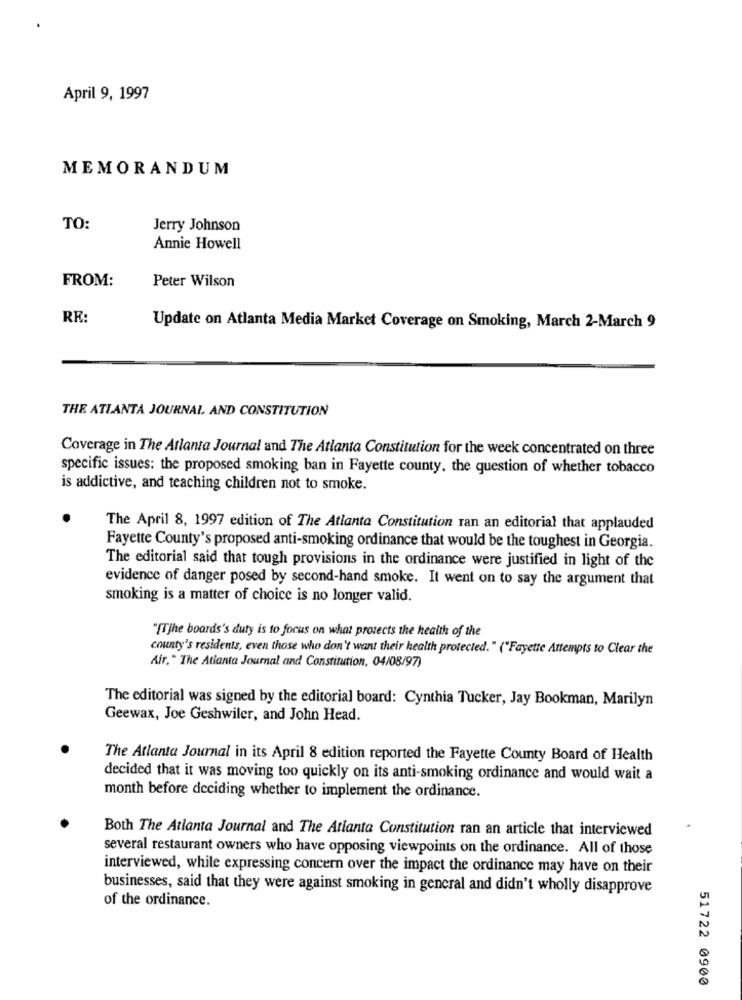
April 9, 1997
MEMORANDUM
TO:
Jerry Johnson
Annie Howell
FROM:
Peter Wilson
RE:
Update on Atlanta Media Market Coverage on Smoking, March 2-March 9
THE ATLANTA JOURNAL, AND CONSTITUTION
Coverage in The Atlanta Journal and The Atlanta Constitution for the week concentrated on three
specific issues: the proposed smoking ban in Fayette county, the question of whether tobacco
is addictive, and teaching children not to smoke.
The April 8, 1997 edition of The Atlanta Constitution ran an editorial that applauded
Fayette County's proposed anti-smoking ordinance that would be the toughest in Georgia.
The editorial said that tough provisions in the ordinance were justified in light of the
evidence of danger posed by second-hand smoke. It went on to say the argument that
smoking is a matter of choice is no longer valid.
"[Tjhe boards's duty is to focus on what protects the health of the
county's residents, even those who don't want their health protected." ("Fayette Attempts to Clear the
Air." The Atlanta Journal and Constitution, 04/08/97)
The editorial was signed by the editorial board: Cynthia Tucker, Jay Bookman, Marilyn
Geewax, Joe Geshwiler, and John Head.
The Atlanta Journal in its April 8 edition reported the Fayette County Board of Health
decided that it was moving too quickly on its anti-smoking ordinance and would wait a
month before deciding whether to implement the ordinance.
Both The Atlanta Journal and The Atlanta Constitution ran an article that interviewed
several restaurant owners who have opposing viewpoints on the ordinance. All of those
interviewed, while expressing concern over the impact the ordinance may have on their
businesses, said that they were against smoking in general and didn't wholly disapprove
of the ordinance.
51722 0900